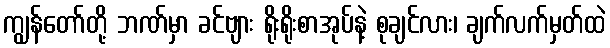
ကျွန်တော်တို့ ဘဏ်မှာ ခင်ဗျား ရိုးရိုးစာအုပ်နဲ့ စုချင်လား၊ ချက်လက်မှတ်ထဲ